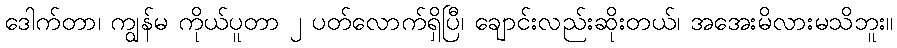
ဒေါက်တာ၊ ကျွန်မ ကိုယ်ပူတာ ၂ ပတ်လောက်ရှိပြီ၊ ချောင်းလည်းဆိုးတယ်၊ အအေးမိလားမသိဘူး။